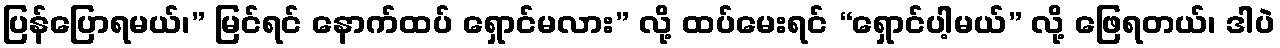
ပြန်ပြောရမယ်၊” မြင်ရင် နောက်ထပ် ရှောင်မလား” လို့ ထပ်မေးရင် “ရှောင်ပါ့မယ်” လို့ ဖြေရတယ်၊ ဒါပဲ